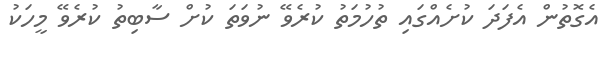
އެގޮތުން އެފަދަ ކުށެއްގައި ތުހުމަތު ކުރެވޭ ނުވަތަ ކުށް ސާބިތު ކުރެވޭ މީހަކު